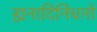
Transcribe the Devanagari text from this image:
ह्यनादिनिधनो